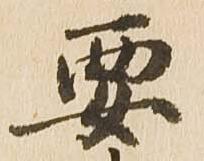
要